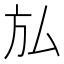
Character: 𭤩